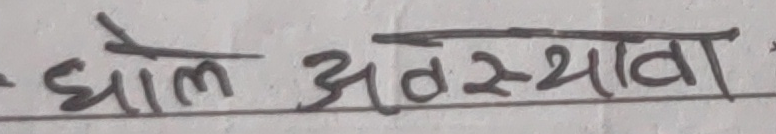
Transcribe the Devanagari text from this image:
घोल अवस्था